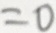
= 0